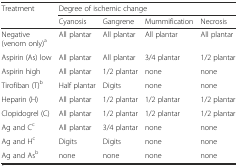
<table><thead><tr><td rowspan="2"><b>Treatment</b></td><td colspan="4"><b>Degree of ischemic change</b></td></tr><tr><td><b>Cyanosis</b></td><td><b>Gangrene</b></td><td><b>Mummification</b></td><td><b>Necrosis</b></td></tr></thead><tbody><tr><td>Negative (venom only)<sup>a</sup></td><td>All plantar</td><td>All plantar</td><td>All plantar</td><td>All plantar</td></tr><tr><td>Aspirin (As) low</td><td>All plantar</td><td>All plantar</td><td>3/4 plantar</td><td>1/2 plantar</td></tr><tr><td>Aspirin high</td><td>All plantar</td><td>1/2 plantar</td><td>none</td><td>none</td></tr><tr><td>Tirofiban (T)<sup>b</sup></td><td>Half plantar</td><td>Digits</td><td>none</td><td>none</td></tr><tr><td>Heparin (H)</td><td>All plantar</td><td>1/2 plantar</td><td>1/2 plantar</td><td>1/2 plantar</td></tr><tr><td>Clopidogrel (C)</td><td>All plantar</td><td>1/2 plantar</td><td>1/2 plantar</td><td>1/2 plantar</td></tr><tr><td>Ag and C<sup>c</sup></td><td>All plantar</td><td>3/4 plantar</td><td>none</td><td>none</td></tr><tr><td>Ag and H<sup>c</sup></td><td>Digits</td><td>Digits</td><td>none</td><td>none</td></tr><tr><td>Ag and As<sup>b</sup></td><td>none</td><td>none</td><td>none</td><td>none</td></tr></tbody></table>